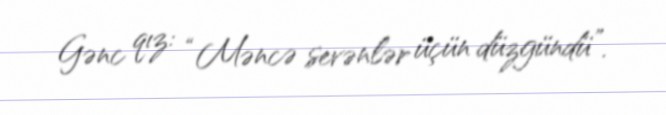
Gənc qız: “Məncə sevənlər üçün düzgündü”.